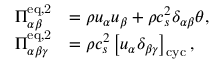
\begin{array} { r l } { \Pi _ { \alpha \beta } ^ { \mathrm { e q , 2 } } } & { = \rho u _ { \alpha } u _ { \beta } + \rho c _ { s } ^ { 2 } \delta _ { \alpha \beta } \theta , } \\ { \Pi _ { \alpha \beta \gamma } ^ { \mathrm { e q , 2 } } } & { = \rho c _ { s } ^ { 2 } \left[ u _ { \alpha } \delta _ { \beta \gamma } \right] _ { \mathrm { c y c } } , } \end{array}